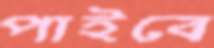
পাইবে